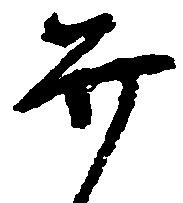
弁